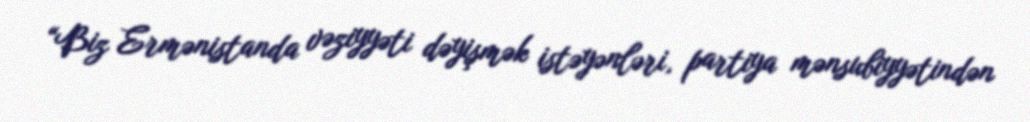
“Biz Ermənistanda vəziyyəti dəyişmək istəyənləri, partiya mənsubiyyətindən